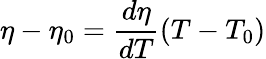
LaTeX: \eta-\eta_{0}=\frac{d\eta}{dT}(T-T_{0})